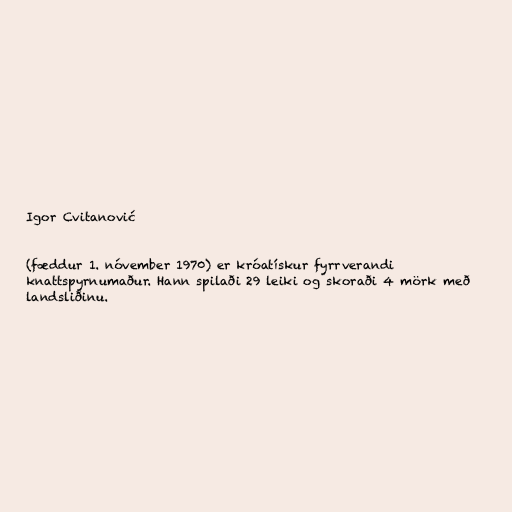
Igor Cvitanović

(fæddur 1. nóvember 1970) er króatískur fyrrverandi
knattspyrnumaður. Hann spilaði 29 leiki og skoraði 4 mörk með
landsliðinu.